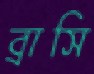
ব্রাসি